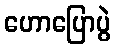
ဟောပြောပွဲ